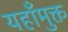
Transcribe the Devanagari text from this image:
यहाँमुक्त